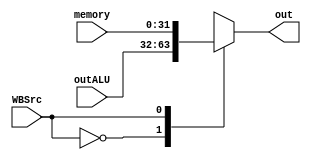
module writeMUX (outALU, memory, WBSrc, out);
    input [31:0] outALU;
    input [31:0] memory;
    input WBSrc;
    
    output reg [31:0] out;

    always @* begin
        case (WBSrc) 
            2'd0: out = outALU;
            2'd1: out = memory;
        endcase
    end
endmodule